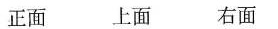
正面 上面 右面